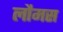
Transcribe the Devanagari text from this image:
लौमस